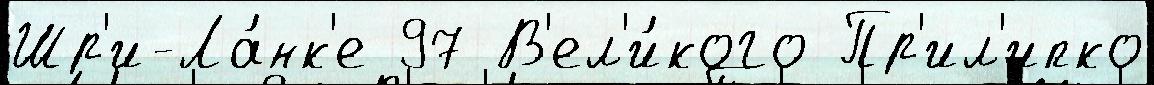
Шр'и-Ла́нк'е 97 В'ел'и́кого Пр'ил'ипко